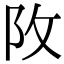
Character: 𨸩